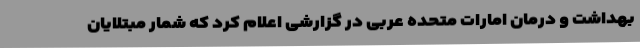
بهداشت و درمان امارات متحده عربی در گزارشی اعلام کرد که شمار مبتلایان